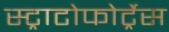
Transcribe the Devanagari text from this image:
स्ट्राटोफोर्ट्रेस